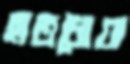
হাতধোয়া